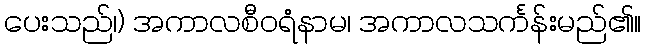
ပေးသည်၊) အကာလစီဝရံနာမ၊ အကာလသင်္ကန်းမည်၏။